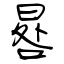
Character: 晷